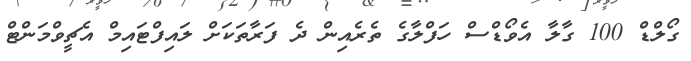
ގޯލްޑް 100 ގާލާ އެވޯޑްސް ހަފްލާގެ ތެރެއިން ދެ ފަރާތަކަށް ލައިފްޓައިމް އެޗީވްމަންޓް